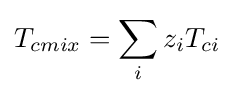
T_{cmix}=\sum _{i}z_{i}T_{ci}